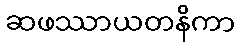
ဆဖဿာယတနိကာ